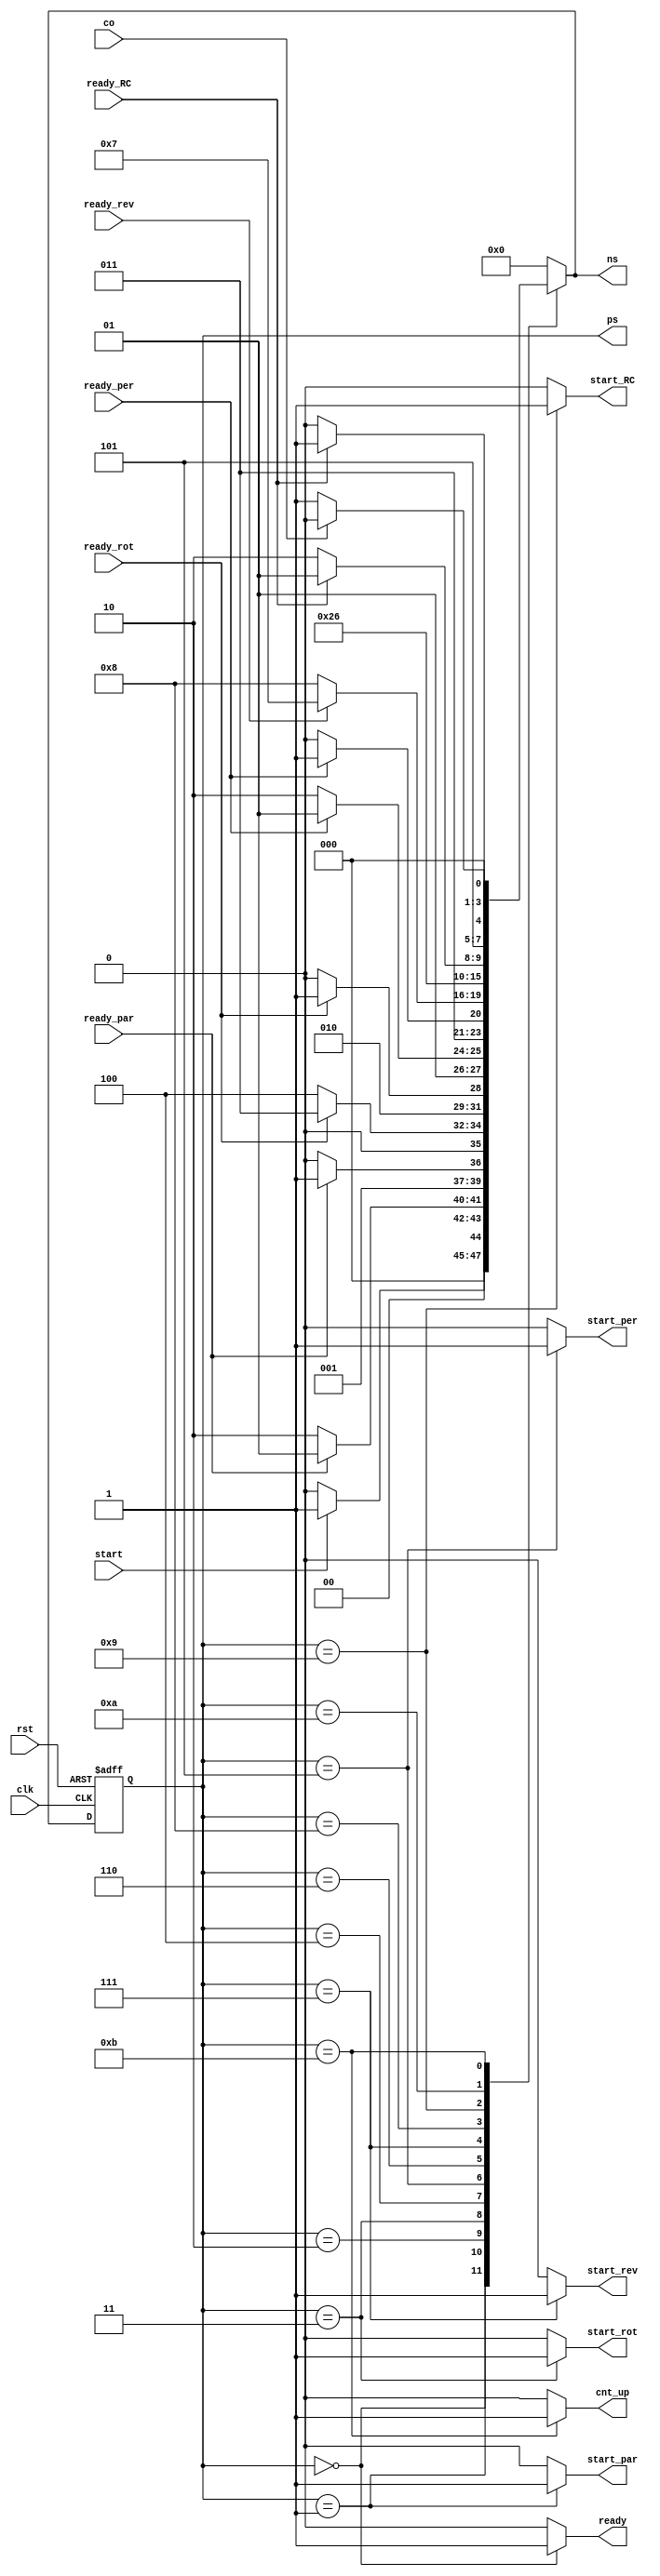
`timescale 1ns/1ns
module Controller (
    clk,
    rst,
    start,
    ready_par, 
    ready_rot, 
    ready_per,  
    ready_rev,
    ready_RC,
    co,
    
    ready,
    start_par,
    start_rot, 
    start_per,  
    start_rev, 
    start_RC,
    cnt_up,
    ps,
    ns
);  
    input clk, rst;
    input start;
    input ready_par, 
	ready_rot, 
	ready_per, 
	ready_rev, 
	ready_RC,
	co;
    output reg ready,
    start_par,
    start_rot, 
    start_per, 
    start_rev, 
    start_RC,
    cnt_up;
	
    output reg [3:0] ps, ns;

    parameter [3:0] 
        IDLE = 4'd0,
	COL = 4'd1,
        COL_PARITY = 4'd2,
	ROT = 4'd3,
	ROTATE = 4'd4,
	PER = 4'd5,
        PERMUTE = 4'd6,
	REV = 4'd7,
        REVALUATE = 4'd8,
	RC = 4'd9, 
	ADD_RC = 4'd10,
	COUNT = 4'd11;

    
    always @(ps, start, ready_par, ready_rot, ready_per, ready_rev, ready_RC, co) begin
        case (ps)
            IDLE:  ns = start ? COL : IDLE;
	    COL: ns = ready_par ? COL : COL_PARITY;
	    COL_PARITY:  ns = ready_par ? ROT : COL_PARITY; 
	    ROT: ns = ready_rot ? ROT : ROTATE ;	
 	    ROTATE:  ns = ready_rot ? PER : ROTATE;
	    PER: ns = ready_per ? PER : PERMUTE;
	    PERMUTE:  ns = ready_per ? REV : PERMUTE;
	    REV: ns = ready_rev ? REV : REVALUATE;
  	   // REVALUATE:  ns = ready_rev ? RC : REVALUATE;
	    REVALUATE:  ns = RC;
   	    RC: ns = ready_RC ? RC : ADD_RC;
	    ADD_RC:  ns = ready_RC ? COUNT : ADD_RC;
	    COUNT: ns = co ? IDLE : COL;
            default: ns = IDLE;
        endcase
    end

    always @(ps) begin
        {ready, start_par, start_rot, start_per, start_rev, start_RC, cnt_up} = 0;
        case (ps)
            IDLE: ready = 1'b1;
	    COL: start_par = 1'b1;
 	    ROT: start_rot = 1'b1;
	    PER: start_per = 1'b1;
  	    REV: start_rev = 1'b1;
	    RC: start_RC = 1'b1;
	    COUNT: cnt_up = 1'b1;
        endcase
    end

    always @(posedge clk, posedge rst) begin
        if(rst)
            ps <= IDLE;
        else
            ps <= ns;
    end


endmodule